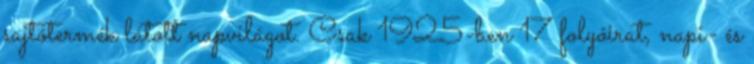
sajtótermék látott napvilágot. Csak 1925-ben 17 folyóirat, napi- és